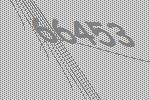
66453